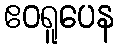
ဧဝရူပေန